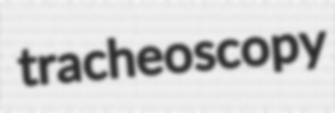
tracheoscopy